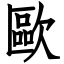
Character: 歐